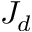
J _ { d }